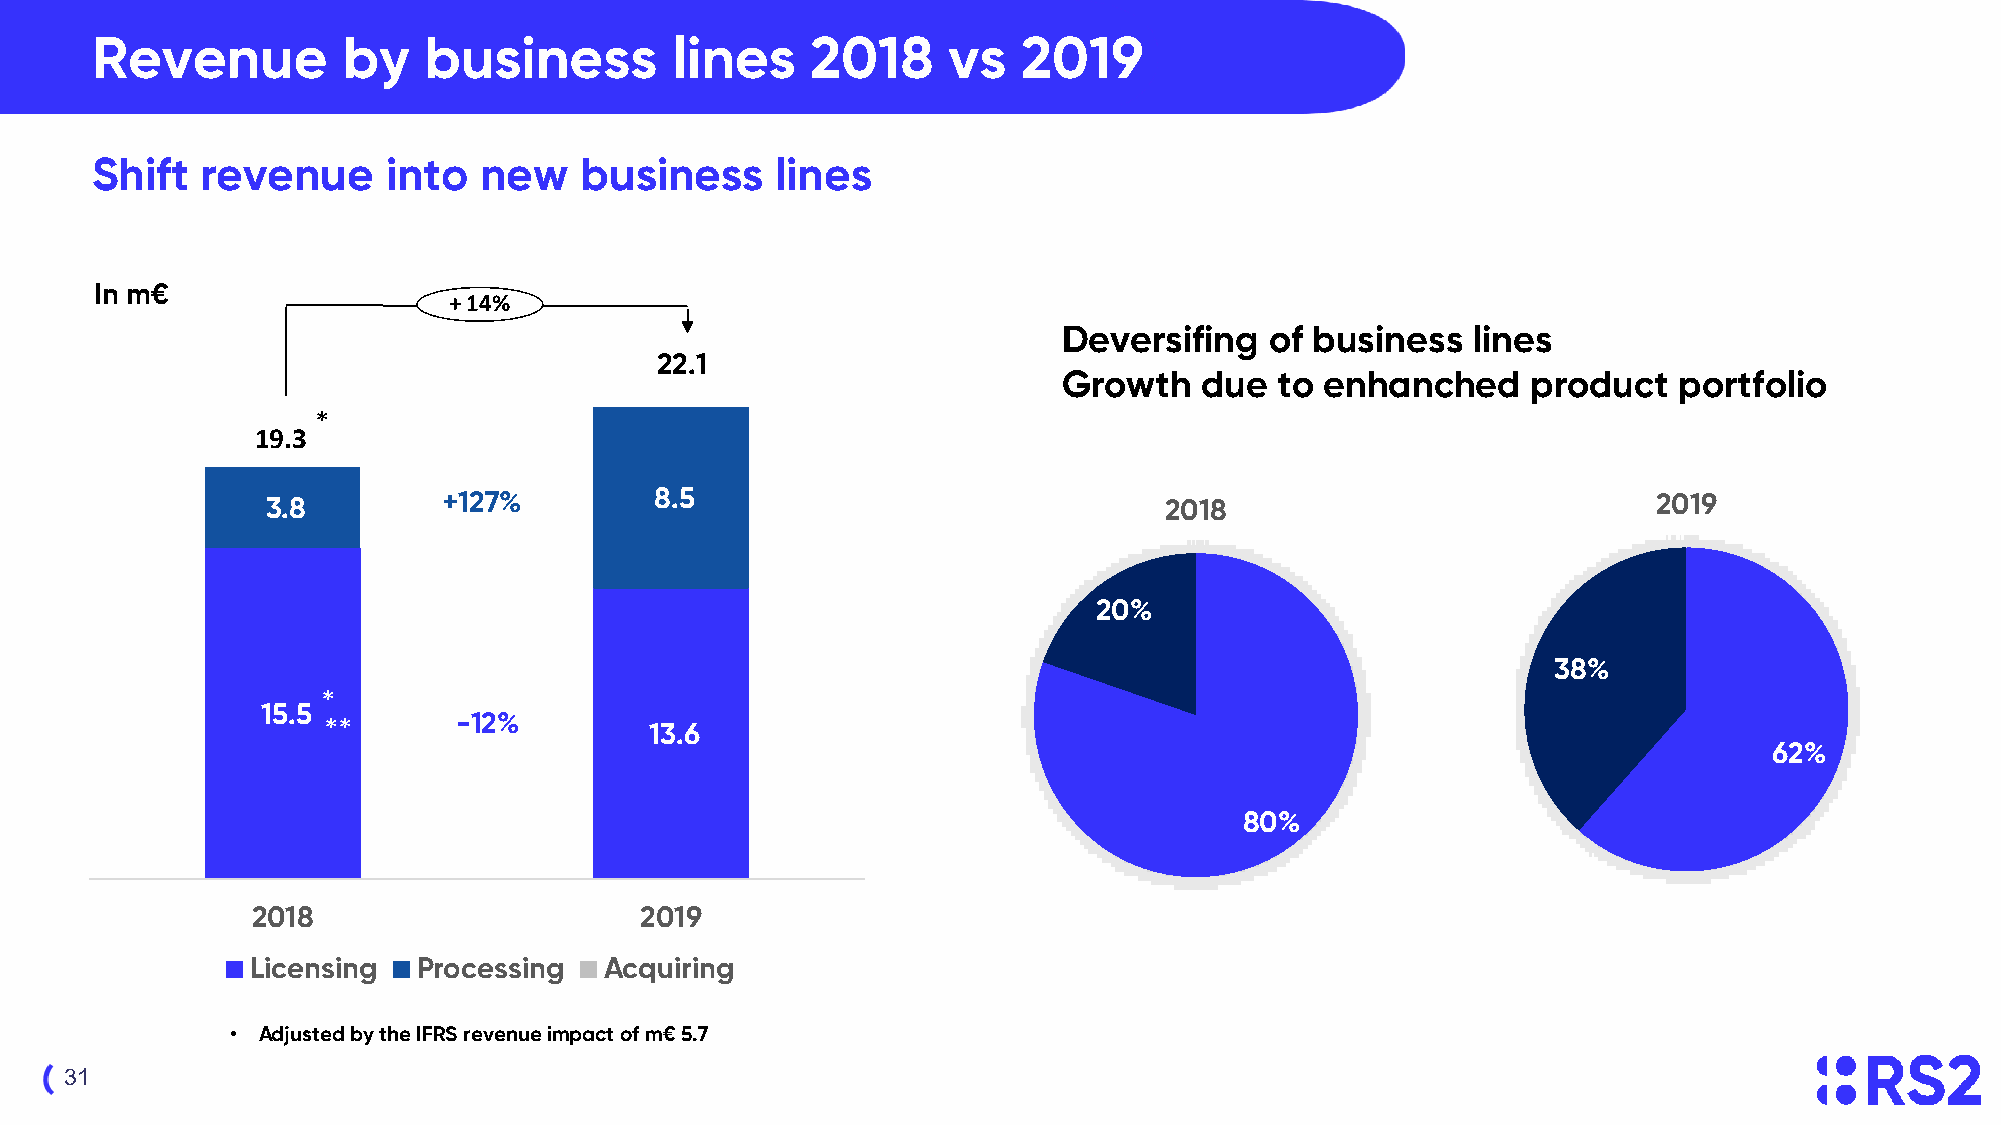
Revenue          by   business        lines     2018     vs   2019
 Shift  revenue      into  new   business     lines
 In m€
 + 14%
 Deversifing   of business  lines
 22.1
 Growth    due  to enhanched    product   portfolio
 *
 19.3
 3.8        +127%         8.5                               2018                             2019
 20%
 38%
 *
 15.5
 -12%
 **                    13.6
 62%
 80%
 2018                     2019
 Licensing  Processing  Acquiring
 • Adjusted by the IFRS revenue impact of m€ 5.7
 31